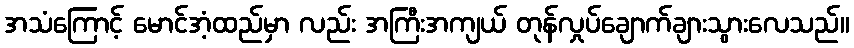
အသံကြောင့် မောင်အံ့ထည်မှာ လည်း အကြီးအကျယ် တုန်လှုပ်ချောက်ချားသွားလေသည်။